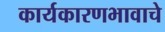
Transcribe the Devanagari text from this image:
कार्यकारणभावाचे